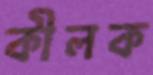
কীলক